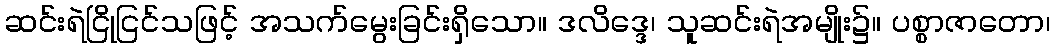
ဆင်းရဲငြိုငြင်သဖြင့် အသက်မွေးခြင်းရှိသော။ ဒလိဒ္ဒေ၊ သူဆင်းရဲအမျိုး၌။ ပစ္စာဇာတော၊